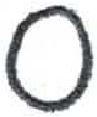
אות: ס